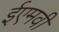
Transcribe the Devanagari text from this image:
ईएमवी